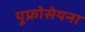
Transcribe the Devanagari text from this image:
यूफ्रोसेयना